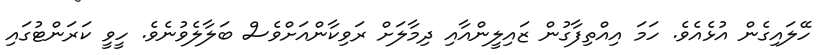
ހޭލައިގެން އުޅެއެވެ. ހަމަ އިއްތިފާގުން ޒައިލީންއާއި ދިމާލަށް ރަވިކާންއަށްވެސް ބަލާލެވުނެވެ. ހީވީ ކަރަންޓުގައި